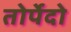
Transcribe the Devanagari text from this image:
तोर्पेदो